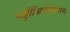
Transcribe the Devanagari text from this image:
मंजुशिंजितमंजीरचरणः